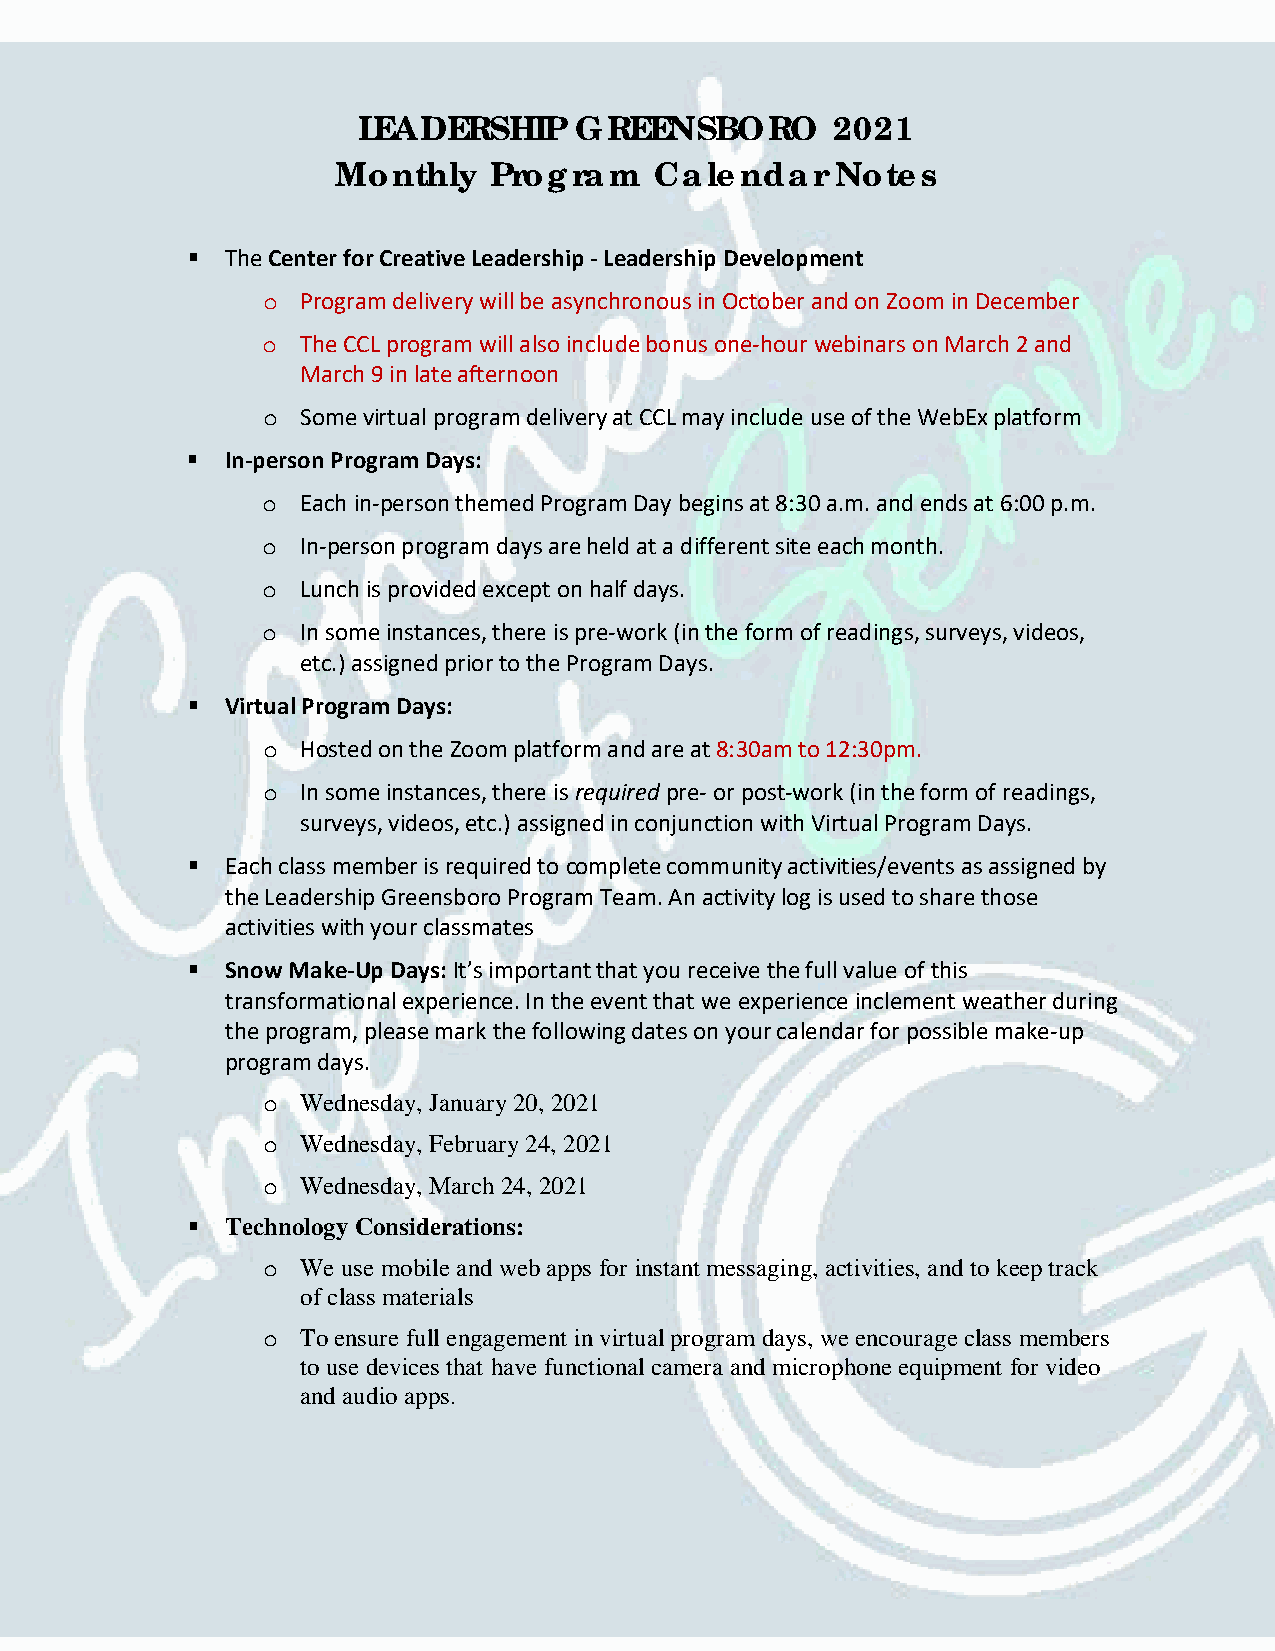
LEADERSHIP    GREENSBORO       2021
 Monthly   Program    Calendar    Notes
   The Center for Creative Leadership - Leadership Development
 o  Program delivery will be asynchronous in October and on Zoom in December
 o  The CCL program will also include bonus one-hour webinars on March 2 and
 March 9 in late afternoon
 o  Some virtual program delivery at CCL may include use of the WebEx platform
   In-person Program Days:
 o  Each in-person themed Program Day begins at 8:30 a.m. and ends at 6:00 p.m.
 o  In-person program days are held at a different site each month.
 o  Lunch is provided except on half days.
 o  In some instances, there is pre-work (in the form of readings, surveys, videos,
 etc.) assigned prior to the Program Days.
   Virtual Program Days:
 o  Hosted on the Zoom platform and are at 8:30am to 12:30pm.
 o  In some instances, there is required pre- or post-work (in the form of readings,
 surveys, videos, etc.) assigned in conjunction with Virtual Program Days.
   Each class member is required to complete community activities/events as assigned by
 the Leadership Greensboro Program Team. An activity log is used to share those
 activities with your classmates
   Snow Make-Up Days: It’s important that you receive the full value of this
 transformational experience. In the event that we experience inclement weather during
 the program, please mark the following dates on your calendar for possible make-up
 program days.
 o  Wednesday, January 20, 2021
 o  Wednesday, February 24, 2021
 o  Wednesday, March 24, 2021
   Technology Considerations:
 o  We use mobile and web apps for instant messaging, activities, and to keep track
 of class materials
 o  To ensure full engagement in virtual program days, we encourage class members
 to use devices that have functional camera and microphone equipment for video
 and audio apps.